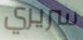
سريري